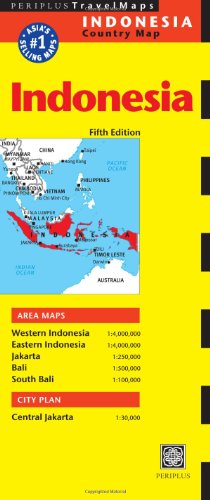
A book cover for Indonesia Travel Map Fifth Edition (Periplus Travel Maps); Travel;